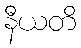
နီယတိ